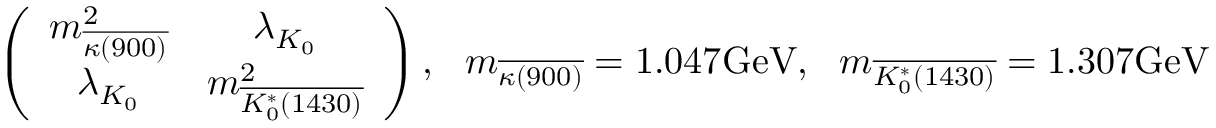
\left( \begin{array} { c c } { { m _ { \overline { { { \kappa ( 9 0 0 ) } } } } ^ { 2 } } } & { { \lambda _ { K _ { 0 } } } } \\ { { \lambda _ { K _ { 0 } } } } & { { m _ { \overline { { { K _ { 0 } ^ { * } ( 1 4 3 0 ) } } } } ^ { 2 } } } \end{array} \right) , \ \ m _ { \overline { { { \kappa ( 9 0 0 ) } } } } = 1 . 0 4 7 \mathrm { G e V } , \ \ m _ { \overline { { { K _ { 0 } ^ { * } ( 1 4 3 0 ) } } } } = 1 . 3 0 7 \mathrm { G e V }